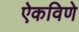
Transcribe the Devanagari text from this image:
ऐकविणे